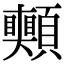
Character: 𩖀